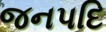
જનપદિ